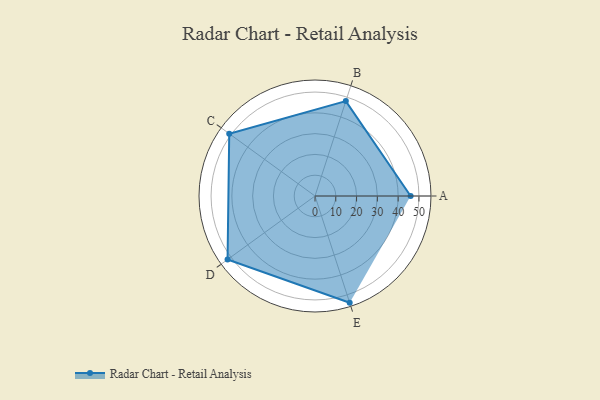
{"axis": {"x": "Skill", "y": "Score"}, "legend": ["Profile"], "data": [{"x": "A", "y": 46.0, "type": "Profile"}, {"x": "B", "y": 48.0, "type": "Profile"}, {"x": "C", "y": 51.0, "type": "Profile"}, {"x": "D", "y": 52.0, "type": "Profile"}, {"x": "E", "y": 54.0, "type": "Profile"}]}